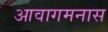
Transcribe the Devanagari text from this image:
आवागमनास